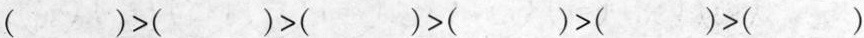
$$( ) > ( ) > ( ) > ( )> ( )> ( )$$